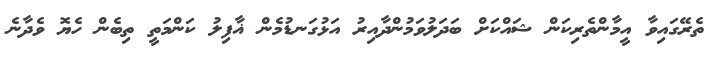
ތެރޭގައިވާ އީމާންތެރިކަން ޝައްކަށް ބަދަލުވަމުންދާއިރު އަޅުގަނޑުމެން ޣާފިލު ކަންމަތީ ތިބެން ހެޔޮ ވެދާނެ